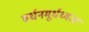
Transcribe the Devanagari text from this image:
वर्धनमूर्धध्वजा